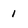
Character: 1